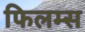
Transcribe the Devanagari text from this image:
फिलम्स